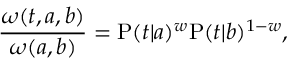
\frac { \omega ( t , a , b ) } { \omega ( a , b ) } = \mathrm { P } ( t | a ) ^ { w } \mathrm { P } ( t | b ) ^ { 1 - w } ,